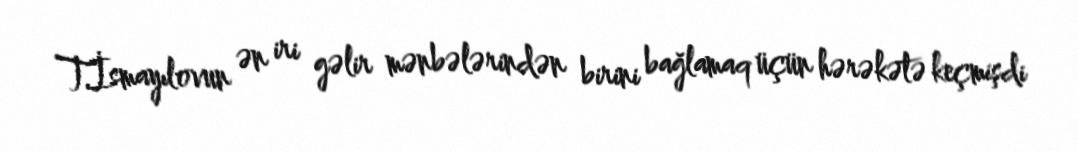
T.İsmayılovun ən iri gəlir mənbələrindən birini bağlamaq üçün hərəkətə keçmişdi